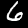
Digit: 6